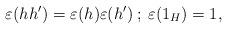
LaTeX: \begin{align*}\varepsilon(hh')=\varepsilon(h)\varepsilon(h')\:;\: \varepsilon(1_H)=1,\end{align*}